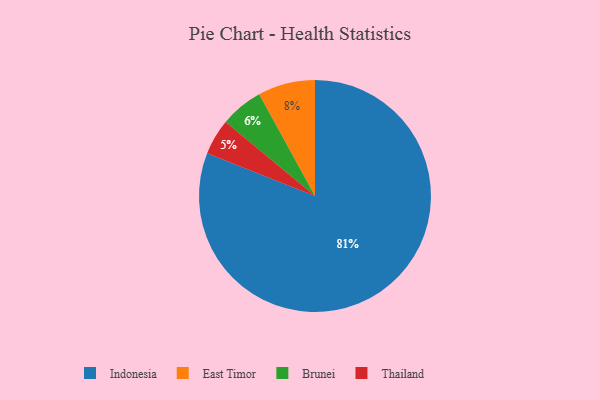
{"axis": {"x": "Category", "y": "Percentage"}, "legend": ["Brunei", "East Timor", "Indonesia", "Thailand"], "data": [{"x": "Brunei", "y": 6, "type": "Brunei"}, {"x": "Indonesia", "y": 81, "type": "Indonesia"}, {"x": "Thailand", "y": 5, "type": "Thailand"}, {"x": "East Timor", "y": 8, "type": "East Timor"}]}